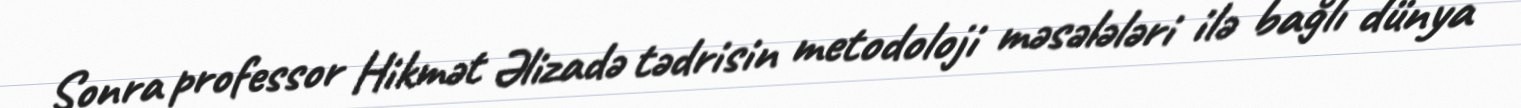
Sonra professor Hikmət Əlizadə tədrisin metodoloji məsələləri ilə bağlı dünya